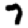
Digit: 7